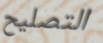
التصليح